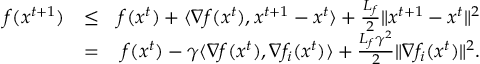
\begin{array} { r l r } { f ( x ^ { t + 1 } ) } & { \leq } & { f ( x ^ { t } ) + \langle \nabla f ( x ^ { t } ) , x ^ { t + 1 } - x ^ { t } \rangle + \frac { L _ { f } } { 2 } \| x ^ { t + 1 } - x ^ { t } \| ^ { 2 } } \\ & { = } & { f ( x ^ { t } ) - \gamma \langle \nabla f ( x ^ { t } ) , \nabla f _ { i } ( x ^ { t } ) \rangle + \frac { L _ { f } \gamma ^ { 2 } } { 2 } \| \nabla f _ { i } ( x ^ { t } ) \| ^ { 2 } . } \end{array}